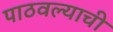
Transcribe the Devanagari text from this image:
पाठवल्याची